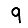
Digit: 9